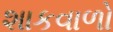
શાકવાળો